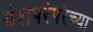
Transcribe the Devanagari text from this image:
वंशपरंपरेच्या